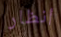
أنظار